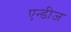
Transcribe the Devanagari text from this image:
एन्डीज